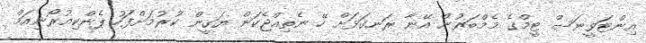
އިންޓަވީނަސް ޓީމްގެ މެމްބަރުން އޭނާ ރަނގަޅަށް ހޭ ނެތިއްޖެކަން ޔަގީން ކުރުމަށްފަހު ޕެންކިއުރޯނިއަމް